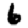
Digit: 6